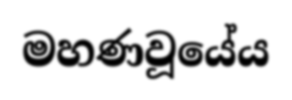
මහණවූයේය